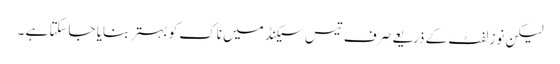
لیکن نوز لفٹ کے ذریعے صرف تیس سیکنڈ میں ناک کو بہتر بنایا جاسکتا ہے ۔